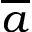
\overline { a }